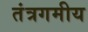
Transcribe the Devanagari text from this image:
तंत्रगमीय